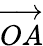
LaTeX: \overrightarrow{OA}